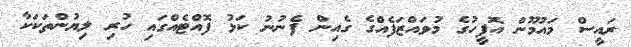
ރައީސް މައުމޫން އޮފީހުގެ މުވައްޒަފެއްގެ ގެއިން ފެނުނު ކަޅު ފޮއްޓެއްގައި ހުރި ލިޔުންތަކަކާ